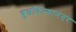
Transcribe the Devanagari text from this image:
बुडविल्यानंतर